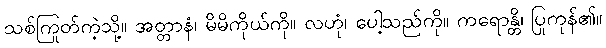
သစ်ကြုတ်ကဲ့သို့။ အတ္တာနံ၊ မိမိကိုယ်ကို။ လဟုံ၊ ပေါ့သည်ကို။ ကရောန္တိ၊ ပြုကုန်၏။